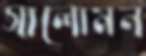
সালোমন